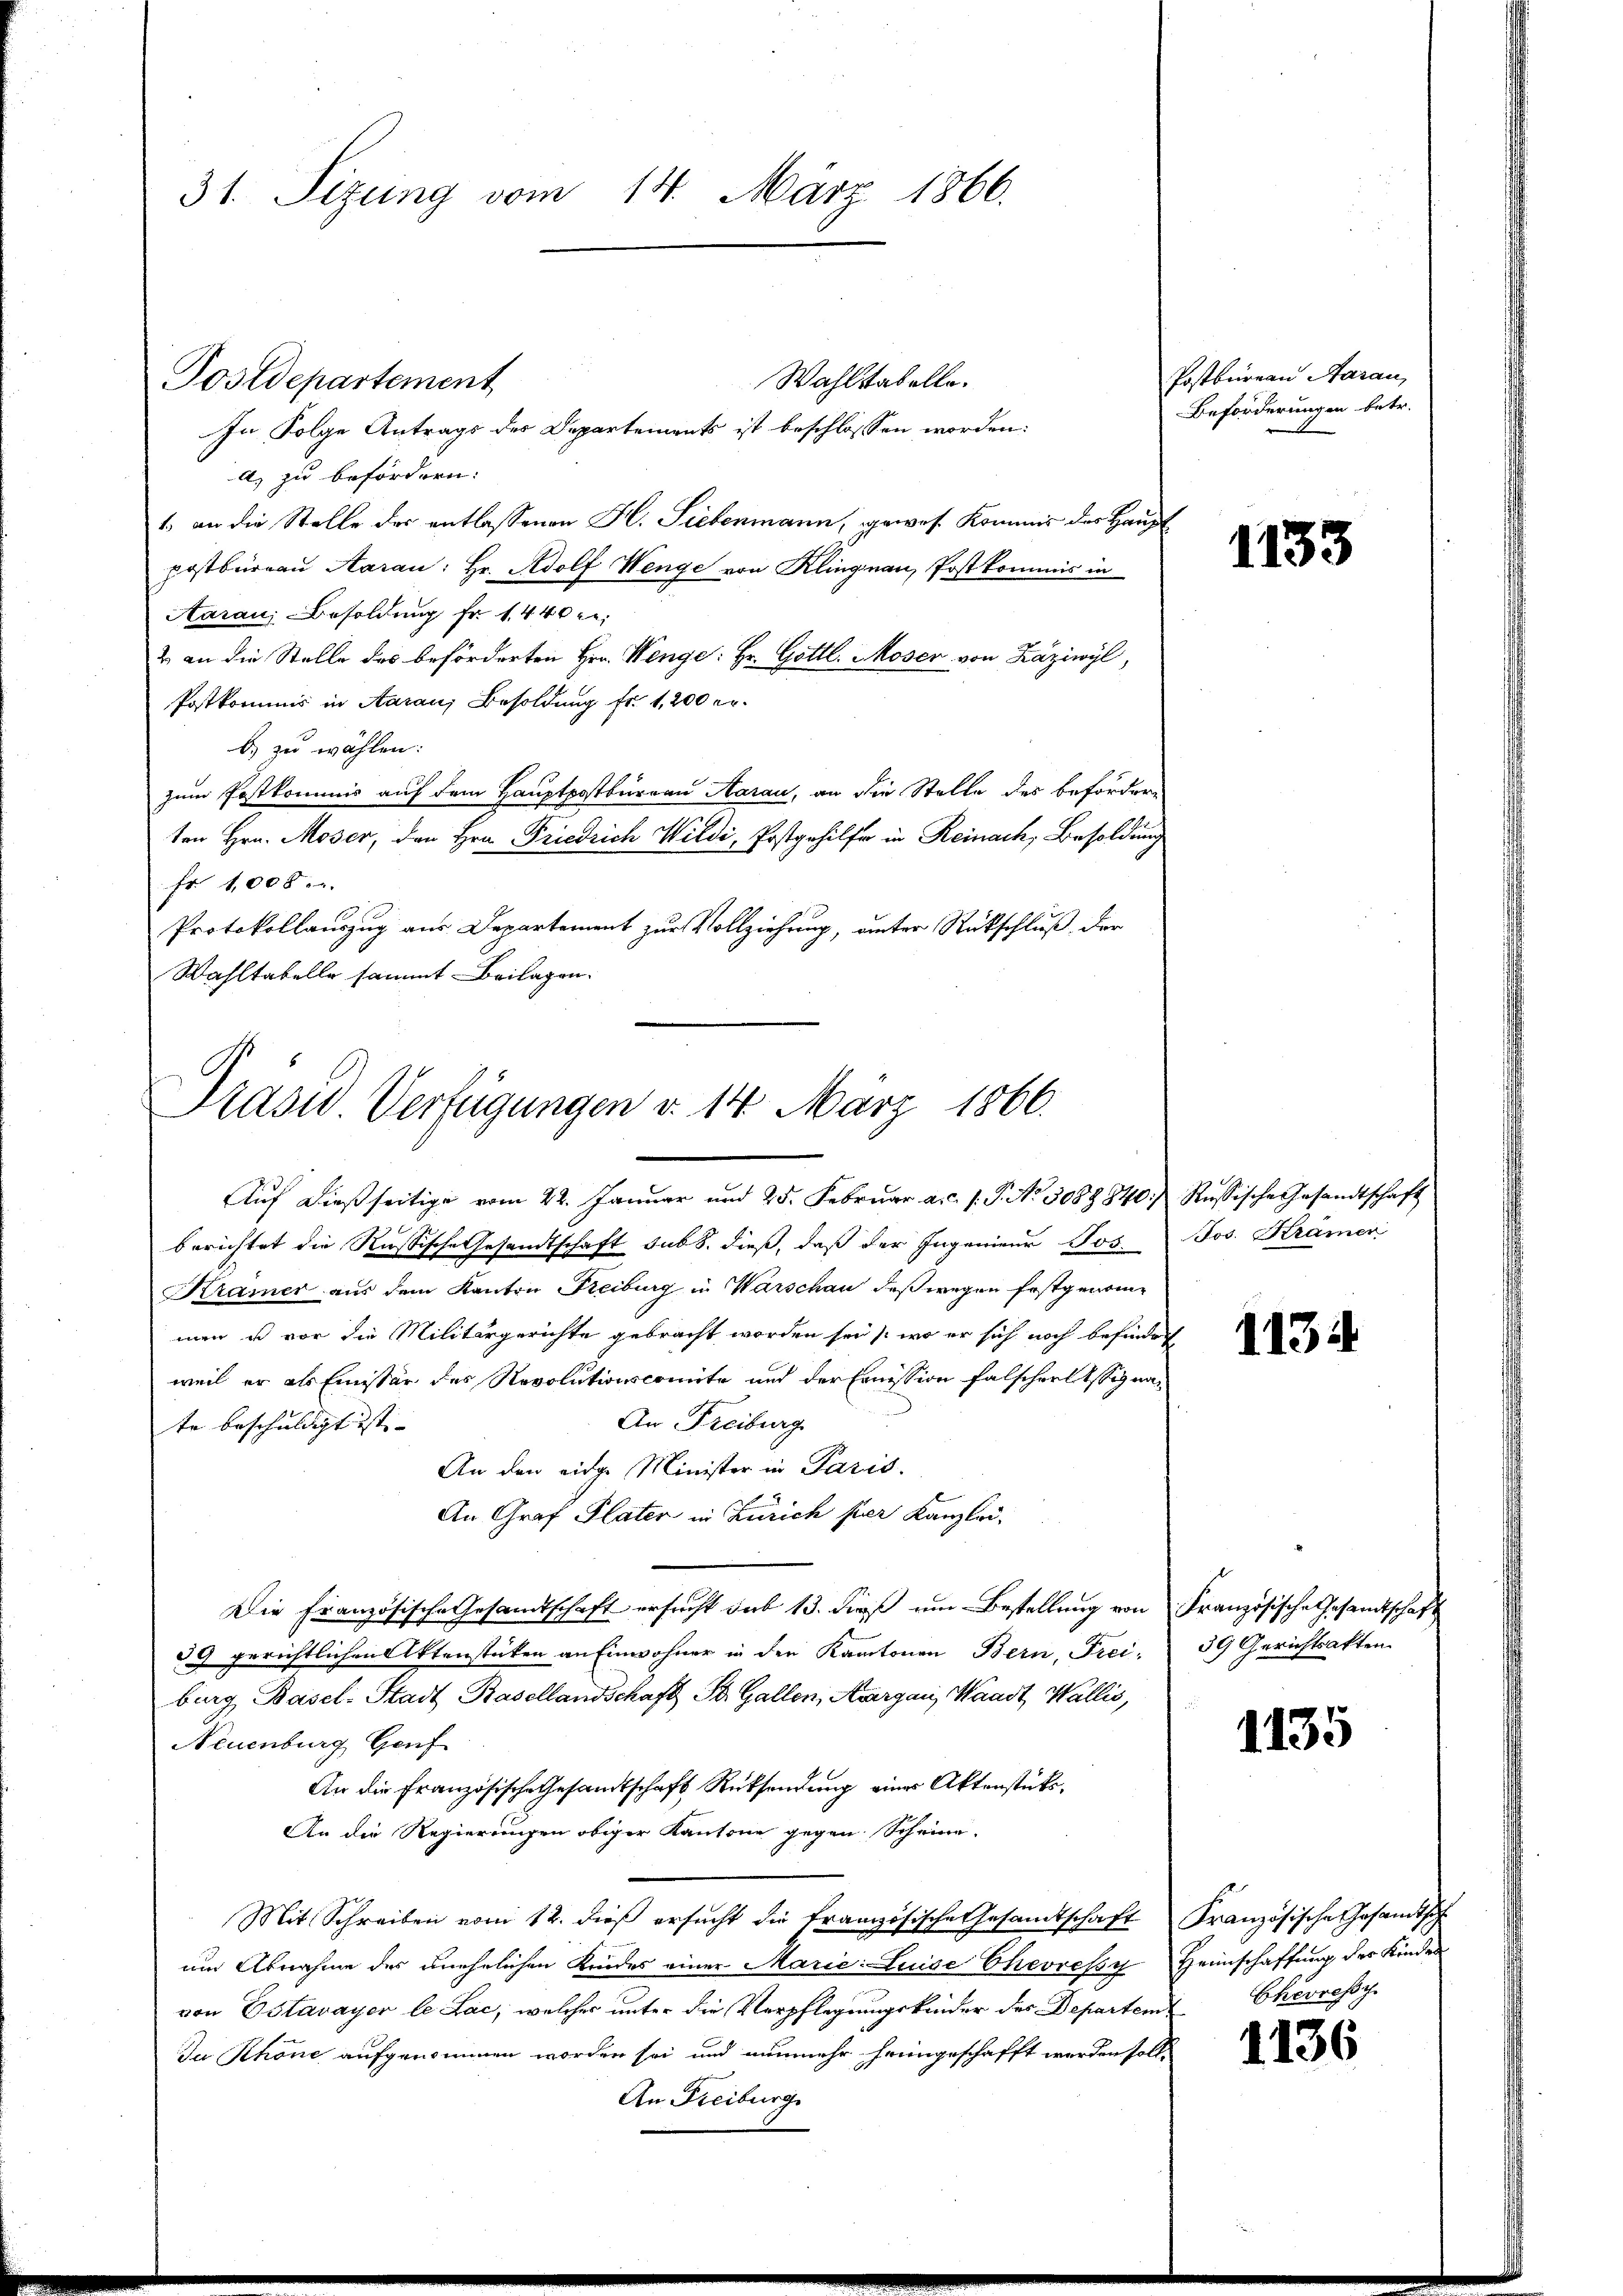
31. Sizung vom 14. März 1866.

Wahlstabelle.
Postdepartement
In Folge Antrags der Departements ist beschlossen worden:
a) zu befördern:
1 an die Stelle des entlassenen H. Liebenmann, gewes. Kommis des Haupt
postbüreau Aarau: Hr. Adolf Wenge von Klingnau, Postkommis in
Aaraus Besoldung fr. 1440 f.
& an die Stelle des beförderten Hrn. Wenge: Hr. Gottl. Moser von Káziwyl,
Postkommis in Aarau, Besoldung fr. 1, 200 er
b) zu wählen:
zum Postkommis auf dem Hauptpostbureau Aarau, an die Stelle des befördern
ten Hrn. Moser, den Hrn. Friedrich Wildi, Postgehilfe in Reinach, Besoldung
fr 1,005.
Protokollauszug aus Departement zur Vollziehung, unter Rückschluß, der
Wahltabelle sammt Beilagen.

Präsid Verfügungen d. 14. März 1866.

Auf dießseitige vom 22. Januar und 25. Februar a. 1. P. No 3088840. Russische Gesandtschaft
berichtet die Russische Gesandtschaft sub 8. dieß, daß der Ingenieur Jos. Jos. Kramer
Kramer aus dem Kanton Freiburg in Warschau deßwegen festgenommen u vor die Militärgerichte gebracht worden sei, wo er sich noch befinder
weil er als Einister des Revolutionscomite und der Emission falscherlessigna¬
An Freiburg
te beschuldigt ist. |
An den eidge Minister in Paris.
An Graf Plater in Zürich per Kanzlei¬
Die Französische Gesandtschaft ersucht sub 13. dieß um Bestellung von Französische Gesandtschaft
59 gerichtlichen Aktenstücken an Einwohner in der Kantonen Bern, Frei-
burg Basel-Stadt Basellandschaft St. Gallen, Aargau, Waadt, Wallis,
Neuenburg Genf
An die Französische Gesandtschaft Rücksendung eines Aktenstüks¬
An die Regierungen obiger Kantone gegen Scheine
Mit Schreiben vom 12. dieß ersucht die französische Gesandtschaft Französische Gesandtsch
um Abnahme des unehelichen Kindes einer Marie Luise Chevresy Heimschaffung der Kinde
von Estavayer le Lac, welcher unter die Verpflegungskinder des Departem
Jun Khöne aufgenommen worden sei und nunmehr heimgeschafft werden soll,
An Freiburge

Postbureau darau
Beförderungen betr.

1133

1134

59 Gerichtsakten.

1135

Chevressch

1136